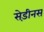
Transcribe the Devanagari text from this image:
सेड़ीनस